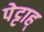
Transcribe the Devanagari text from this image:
पेट्टाह्